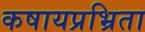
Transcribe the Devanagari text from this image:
कषायप्रभ्रिता